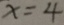
x = 4